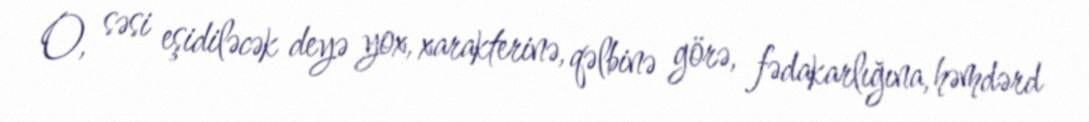
O, səsi eşidiləcək deyə yox, xarakterinə, qəlbinə görə, fədakarlığına, həmdərd